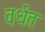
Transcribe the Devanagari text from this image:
वर्धत